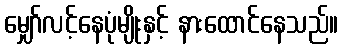
မျှော်လင့်နေပုံမျိုးနှင့် နားထောင်နေသည်။